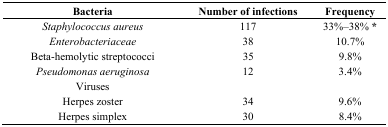
<table><thead><tr><td><b>Bacteria</b></td><td><b>Number of infections</b></td><td><b>Frequency</b></td></tr></thead><tbody><tr><td><i>Staphylococcus aureus</i></td><td>117</td><td>33%–38% *</td></tr><tr><td><i>Enterobacteriaceae</i></td><td>38</td><td>10.7%</td></tr><tr><td>Beta-hemolytic streptococci</td><td>35</td><td>9.8%</td></tr><tr><td><i>Pseudomonas aeruginosa</i></td><td>12</td><td>3.4%</td></tr><tr><td>Viruses</td><td></td><td></td></tr><tr><td>Herpes zoster</td><td>34</td><td>9.6%</td></tr><tr><td>Herpes simplex</td><td>30</td><td>8.4%</td></tr></tbody></table>